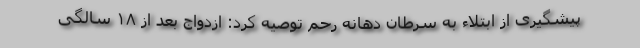
پیشگیری از ابتلاء به سرطان دهانه رحم توصیه کرد: ازدواج بعد از ۱۸ سالگی